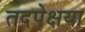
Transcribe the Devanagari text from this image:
तदपेक्षया